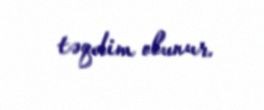
təqdim olunur.